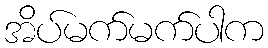
အိပ်မက်မက်ပါက